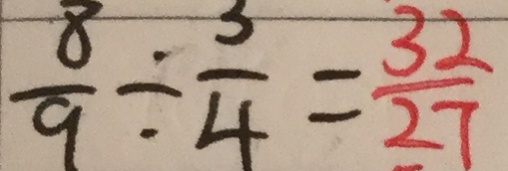
\frac { 8 } { 9 } \div \frac { 3 } { 4 } = \frac { 3 2 } { 2 7 }